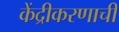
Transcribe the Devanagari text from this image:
केंद्रीकरणाची